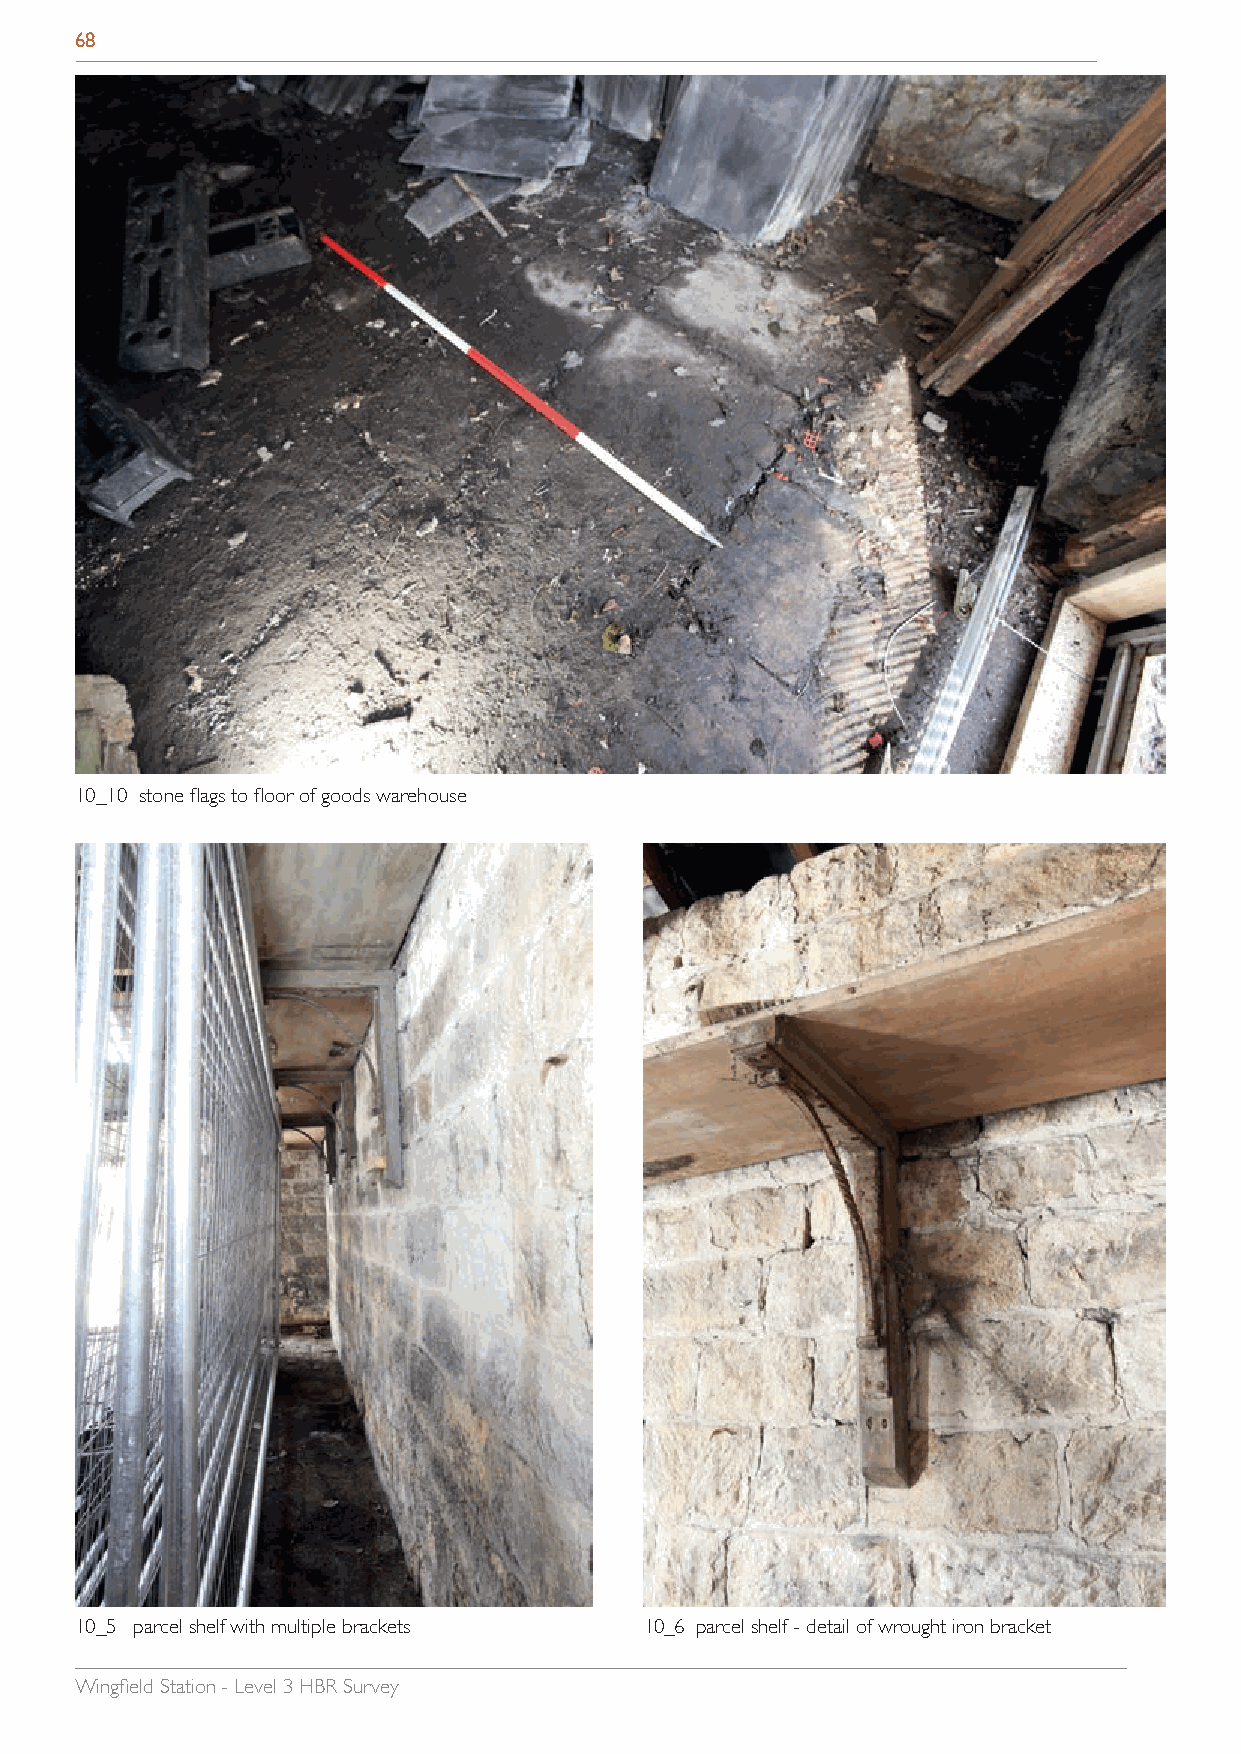
68
 10_10 stone flags to floor of goods warehouse
 10_5 parcel shelf with multiple brackets 10_6 parcel shelf - detail of wrought iron bracket
 Wingfield Station - Level 3 HBR Survey